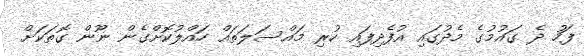
ފަހު ދެ ގައުމުގެ މެދުގައި އުފެދިފައި ހުރި މައްސަލަތައް ހައްލުކޮށްގެން ނޫން ގޮތަކަށް